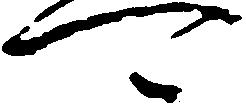
可